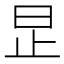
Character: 𪰊